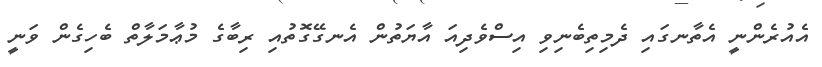
އެއުރެންނީ އެތާނގައި ދެމިތިބެނިވި އިސްވެދިއަ އާޔަތުން އެނގޭގޮތުއި ރިބާގެ މުޢާމަލާތް ބެހިގެން ވަނީ